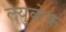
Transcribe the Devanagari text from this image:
ल्युबोक